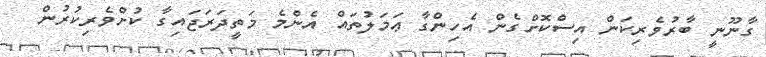
ގާނޫނީ ބާރުވެރިކަން އިސްކޮށްގެން އެހިންގާ ޢަމަލުތައް އެންމެ މަތީދަރަޖައިގާ ކުށްވެރިކުރުން